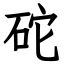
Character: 砣